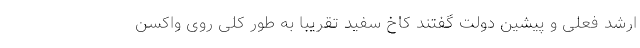
ارشد فعلی و پیشین دولت گفتند کاخ سفید تقریباً به طور کلی روی واکسن